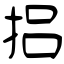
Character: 捛